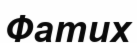
Фатих